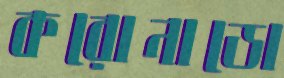
করোনাডো